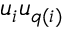
u _ { i } u _ { q ( i ) }